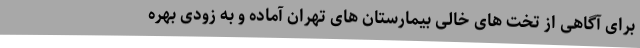
برای آگاهی از تخت های خالی بیمارستان های تهران آماده و به زودی بهره